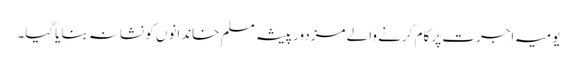
یومیہ اجرت پر کام کرنے والے مزدور پیشہ مسلم خاندانوں کو نشانہ بنایاگیا۔